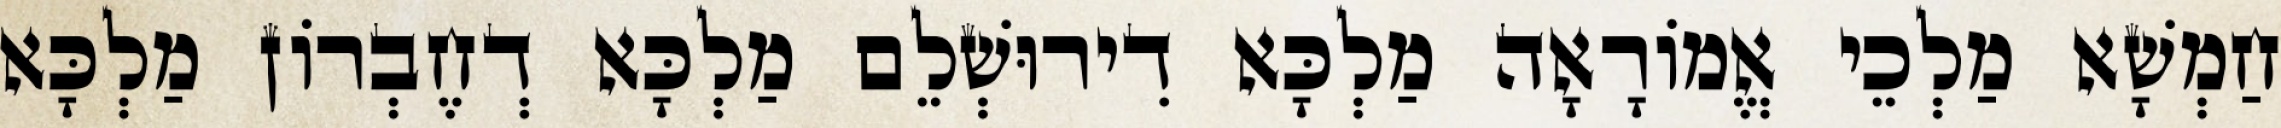
חַמְשָׁא מַלְכֵי אֱמוֹרָאָה מַלְכָּא דִירוּשְׁלֵם מַלְכָּא דְחֶבְרוֹן מַלְכָּא